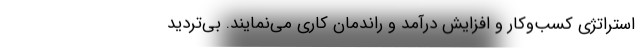
استراتژی کسب‌وکار و افزایش درآمد و راندمان کاری می‌نمایند. بی‌تردید